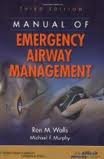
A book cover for Manual of Emergency Airway Management 3th (third) edition; Ron M. Walls; Medical Books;